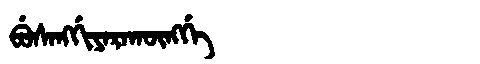
Manchu: ᠪᡠᠰᠠᠩᡤᡳᠶᠠᡵᠠᡴᡡᠩᡤᡝ
Romanization: BUSANGGIYARAKŪNGGE